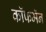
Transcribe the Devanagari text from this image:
कॉफमॅन